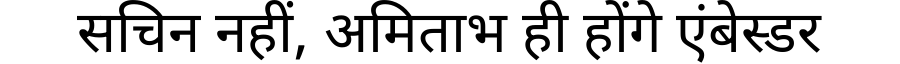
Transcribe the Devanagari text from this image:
सचिन नहीं, अमिताभ ही होंगे एंबेस्डर